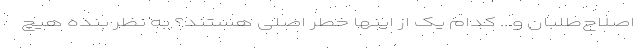
اصلاح‌طلبان و... کدام یک از اینها خطر اصلی هستند؟ به نظر بنده هیچ